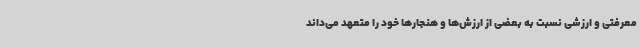
معرفتی و ارزشی نسبت به بعضی از ارزش‌ها و هنجارها خود را متعهد می‌داند